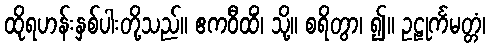
ထိုရဟန်းနှစ်ပါးတို့သည်။ ဧကဝီထိံ၊ သို့။ စရိတွာ၊ ၍။ ဥဠုင်္ကမတ္တံ၊